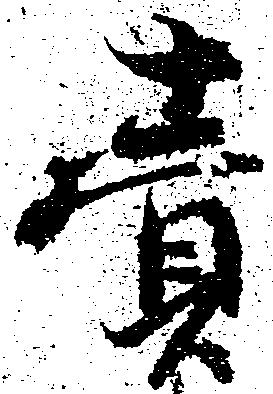
売